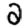
Digit: 2